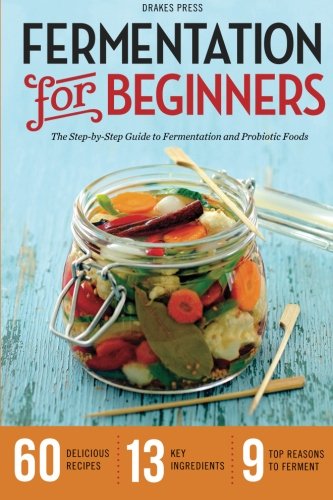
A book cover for Fermentation for Beginners: The Step-By-Step Guide to Fermentation and Probiotic Foods; Drakes Press; Cookbooks, Food & Wine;